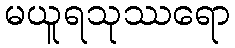
မယူရသုဿရော